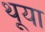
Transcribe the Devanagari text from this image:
थूया